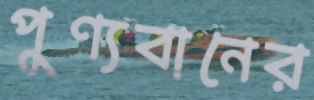
পুণ্যবানের